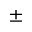
\pm